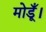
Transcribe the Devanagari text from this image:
मोडूँ।